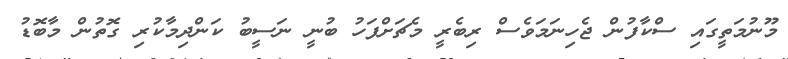
މޫނުމަތީގައި ސްކާފުން ޖެހިނަމަވެސް ރިބެރީ މެޗަށްފަހު ބުނީ ނަސީބު ކަންދިމާކުރި ގޮތުން މާބޮޑު